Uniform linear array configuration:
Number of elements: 48
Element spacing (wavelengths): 1
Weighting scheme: uniform
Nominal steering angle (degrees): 15
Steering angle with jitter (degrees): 14.986
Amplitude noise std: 0.05
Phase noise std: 0.05

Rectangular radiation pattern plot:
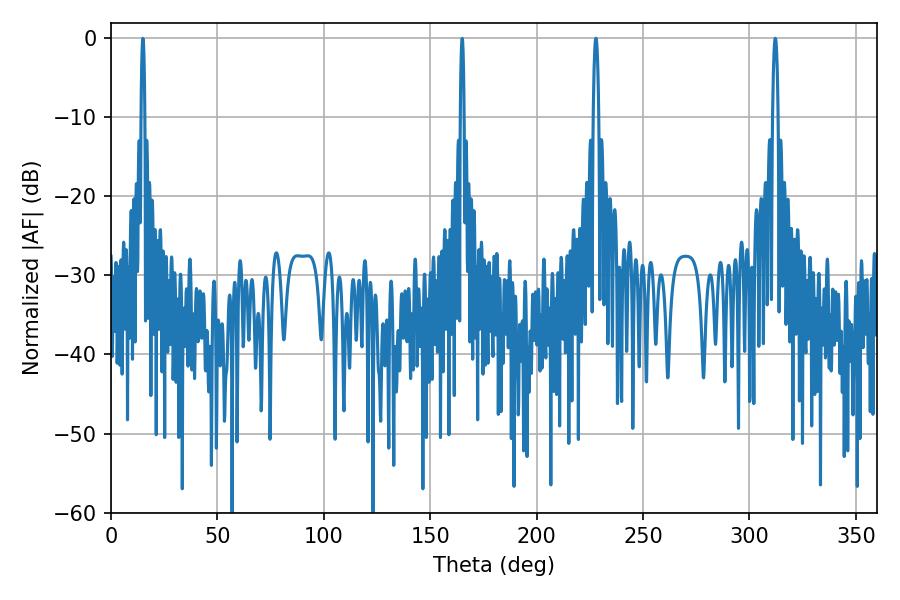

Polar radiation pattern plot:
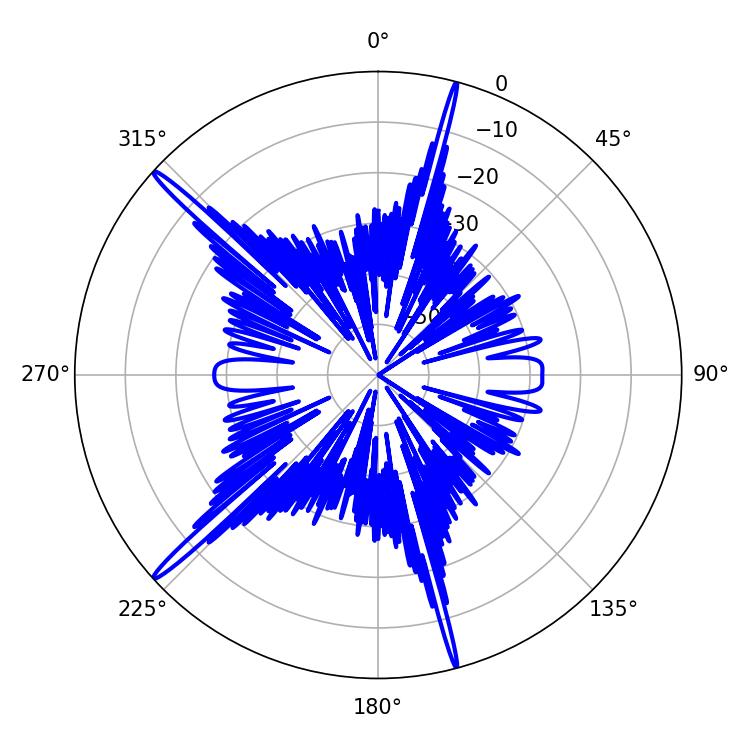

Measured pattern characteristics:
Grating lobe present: TRUE
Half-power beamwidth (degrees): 1.44
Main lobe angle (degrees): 312.12